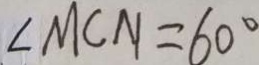
\angle M C N = 6 0 ^ { \circ }